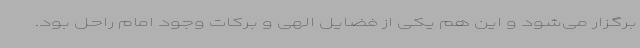
برگزار می‌شود و این هم یکی از فضایل الهی و برکات وجود امام راحل بود.